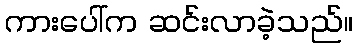
ကားပေါ်က ဆင်းလာခဲ့သည်။